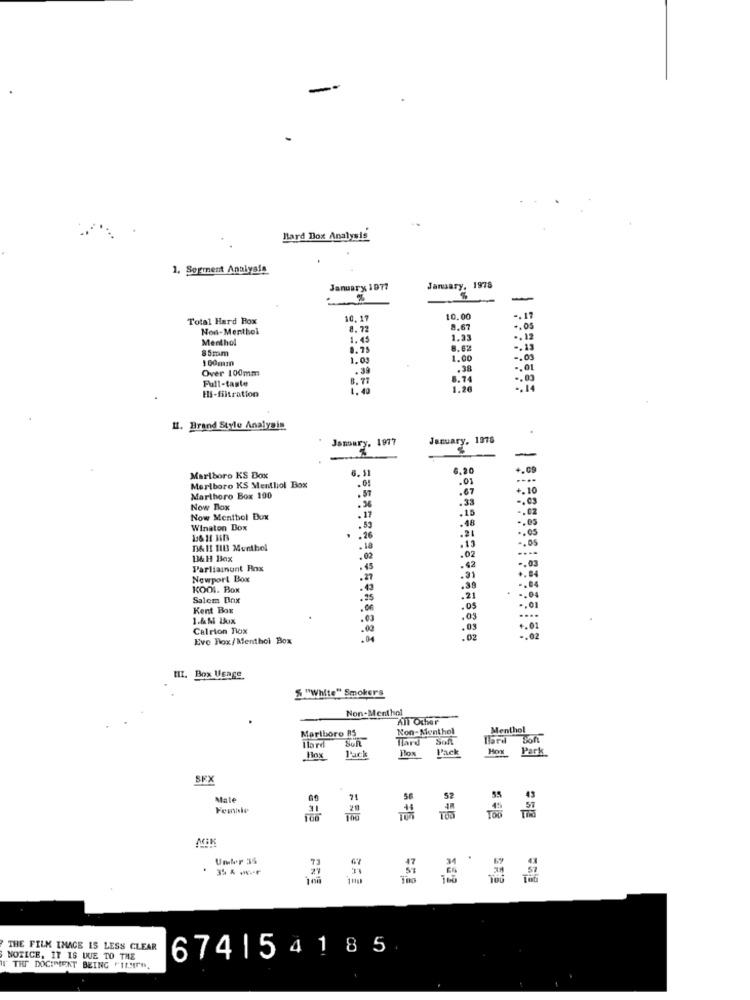
Hard Dox Analysis
1. Segment Analysta
January 1977
January, 1978
-
Total Hard Box
10.17
10.00
.. 17
Non-Menthol
8. 72
8,67
-. 05
Menthol
1.45
1.33
.. 12
85mm
8.75
-. 13
100mm
1.03
1.00
-. 01
Over 100mm
.39
.38
.. 01
Full-taste
8.77
8.74
Es-filtration
1.20
1. Brand Style Analysis
Jsmary, 1977
January, 1976
6. 11
6.20
+.09
Marlboro KS Box
.01
.01
Marlboro KS Mentliol Box
.51
+.10
Marlboro Box 190
.%
.33
Now Box
.15
-. 62
Now Menthol Box
.17
.48
.05
Winston Box
.53
.26
.21
DA Il 1183 Menthol
. 18
.13
13& H Box
.02
.02
-. 03
Farliainunt Box
.45
.42
Newport Box
27
.31
KOOL. BOK
.36
Salem Dox
.25
.21
Kent Box
.05
1.&M Ix
.03
.05
Calrion Flox
.03
+.01
Eve Box/Menthol Box
.02
-. 02
III. Box Usage
% "White" Smokers
Non-Menthol
All Other
Marlboro 85
Non-Menthol
Menthol
llard
Hard Soft
Pack
Mon
Park
Fox
Pack
SEX
Male
MIK
Unter 3S
.
3% & ... r
THE FILM IMAGE IS LESS CLEAR
NOTICE, IT IS DUE TO THE
674|54185
"THE DOCIMIENT BEING FILMITO,